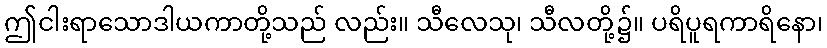
ဤငါးရာသောဒါယကာတို့သည် လည်း။ သီလေသု၊ သီလတို့၌။ ပရိပူရကာရိနော၊